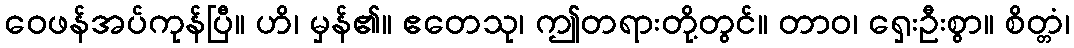
ဝေဖန်အပ်ကုန်ပြီ။ ဟိ၊ မှန်၏။ ဧတေသု၊ ဤတရားတို့တွင်။ တာဝ၊ ရှေးဦးစွာ။ စိတ္တံ၊